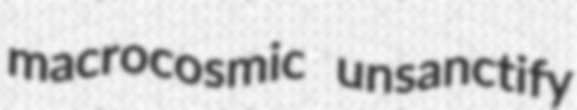
macrocosmic unsanctify